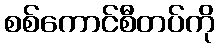
စစ်ကောင်စီတပ်ကို